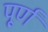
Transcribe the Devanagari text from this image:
पू्र्ण